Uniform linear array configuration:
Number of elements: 48
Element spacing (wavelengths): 0.75
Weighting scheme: uniform
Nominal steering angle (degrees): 45
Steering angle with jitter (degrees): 45.736
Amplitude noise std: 0.05
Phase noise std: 0.05

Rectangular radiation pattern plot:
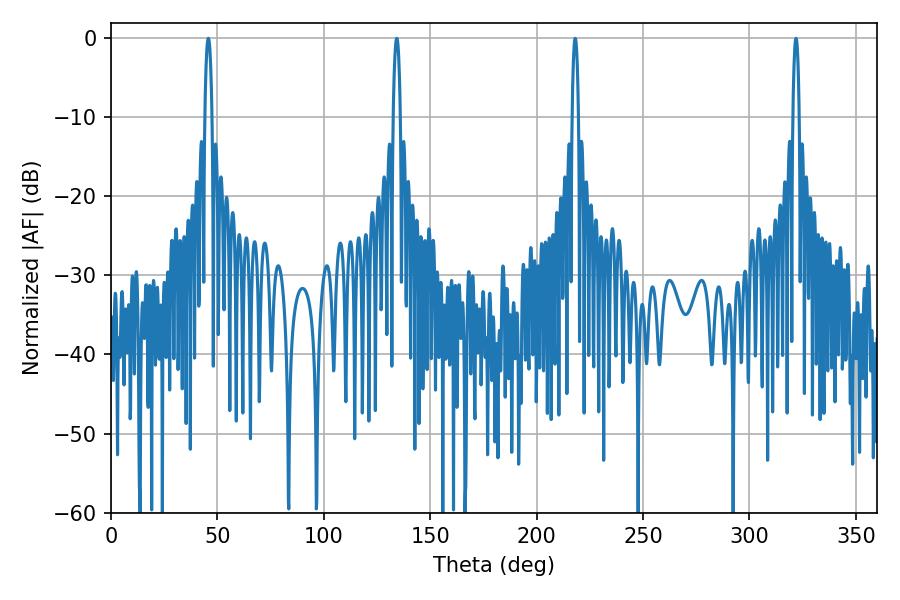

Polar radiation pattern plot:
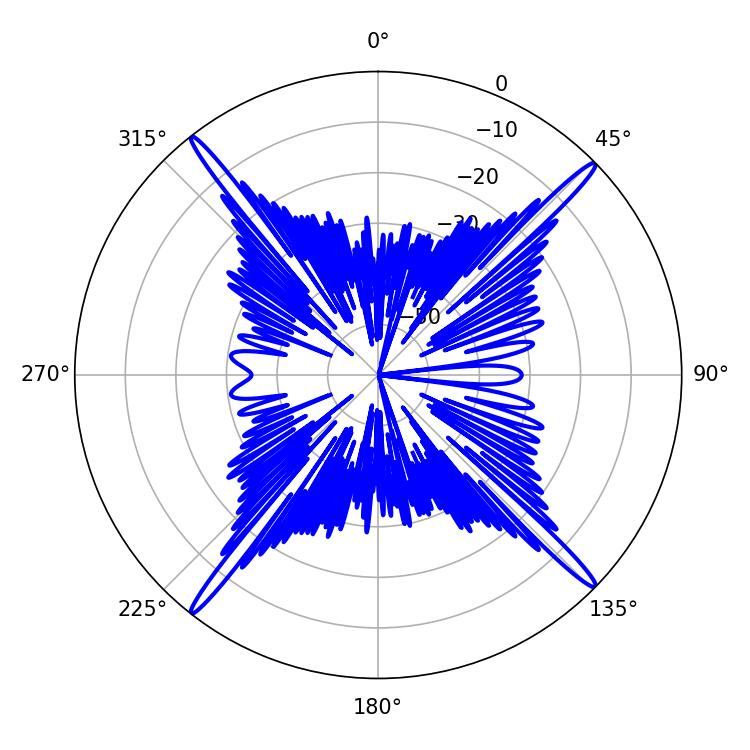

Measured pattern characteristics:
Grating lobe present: TRUE
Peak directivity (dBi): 21.745
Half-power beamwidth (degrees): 1.8
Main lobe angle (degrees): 134.28